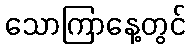
သောကြာနေ့တွင်